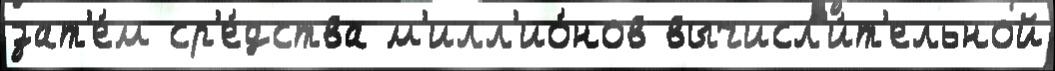
зат'е́м ср'е́дства м'илл'ио́нов вычисл'и́т'ельной